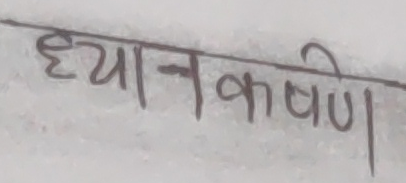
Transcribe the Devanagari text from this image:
ध्यान कषणे